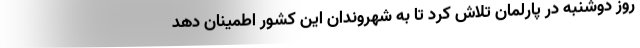
روز دوشنبه در پارلمان تلاش کرد تا به شهروندان این کشور اطمینان دهد